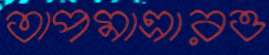
তাপমাত্রারও